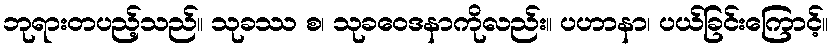
ဘုရားတပည့်သည်။ သုခဿ စ၊ သုခဝေဒနာကိုလည်း။ ပဟာနာ၊ ပယ်ခြင်းကြောင့်။